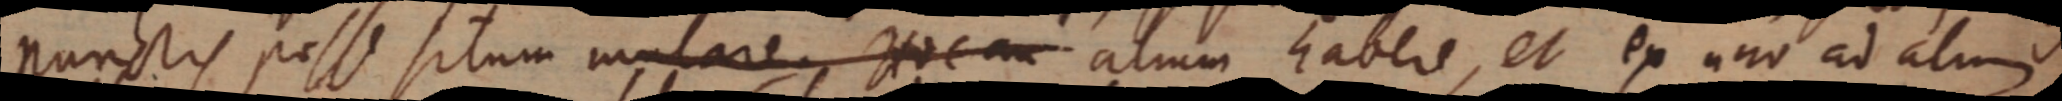
punctis posse situm mulare Hoc _ alium habere, et ex uno ad alui